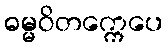
ဓမ္မဝိတက္ကေပေ